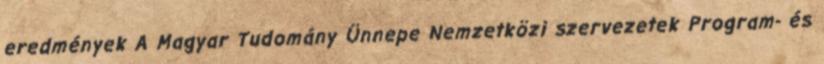
eredmények A Magyar Tudomány Ünnepe Nemzetközi szervezetek Program- és